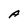
Character: A